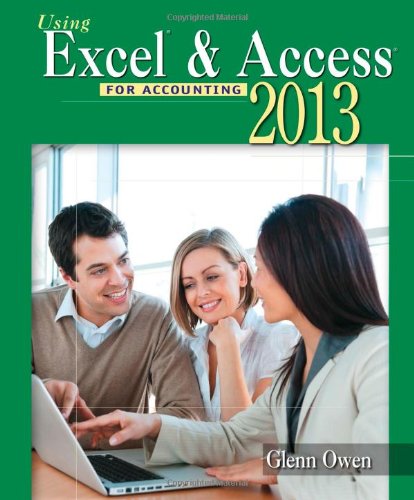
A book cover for Using Microsoft Excel and Access 2013 for Accounting (with Student Data CD-ROM); Glenn Owen; Computers & Technology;